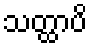
သတ္ထာပိ